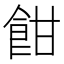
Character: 𩚵